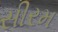
સીરમ